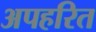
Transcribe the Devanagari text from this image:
अपहरित